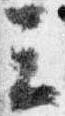
云